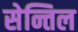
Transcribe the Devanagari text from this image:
सेन्तिल